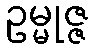
ဥမ္မုဇ္ဇ